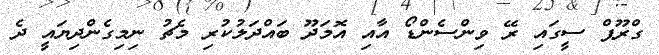
ގްރޫޕް ސީގައި ރޭ ވިންސެންޑޯ އާއި އޮމަދޫ ބައްދަލުކުރި މެޗު ނިމިގެންދިޔައީ ދެ